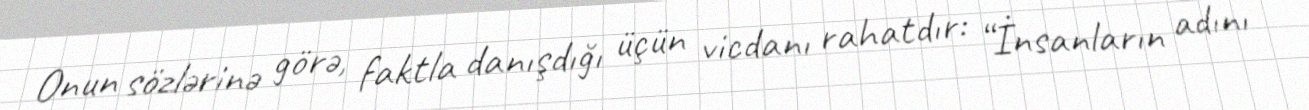
Onun sözlərinə görə, faktla danışdığı üçün vicdanı rahatdır: “İnsanların adını